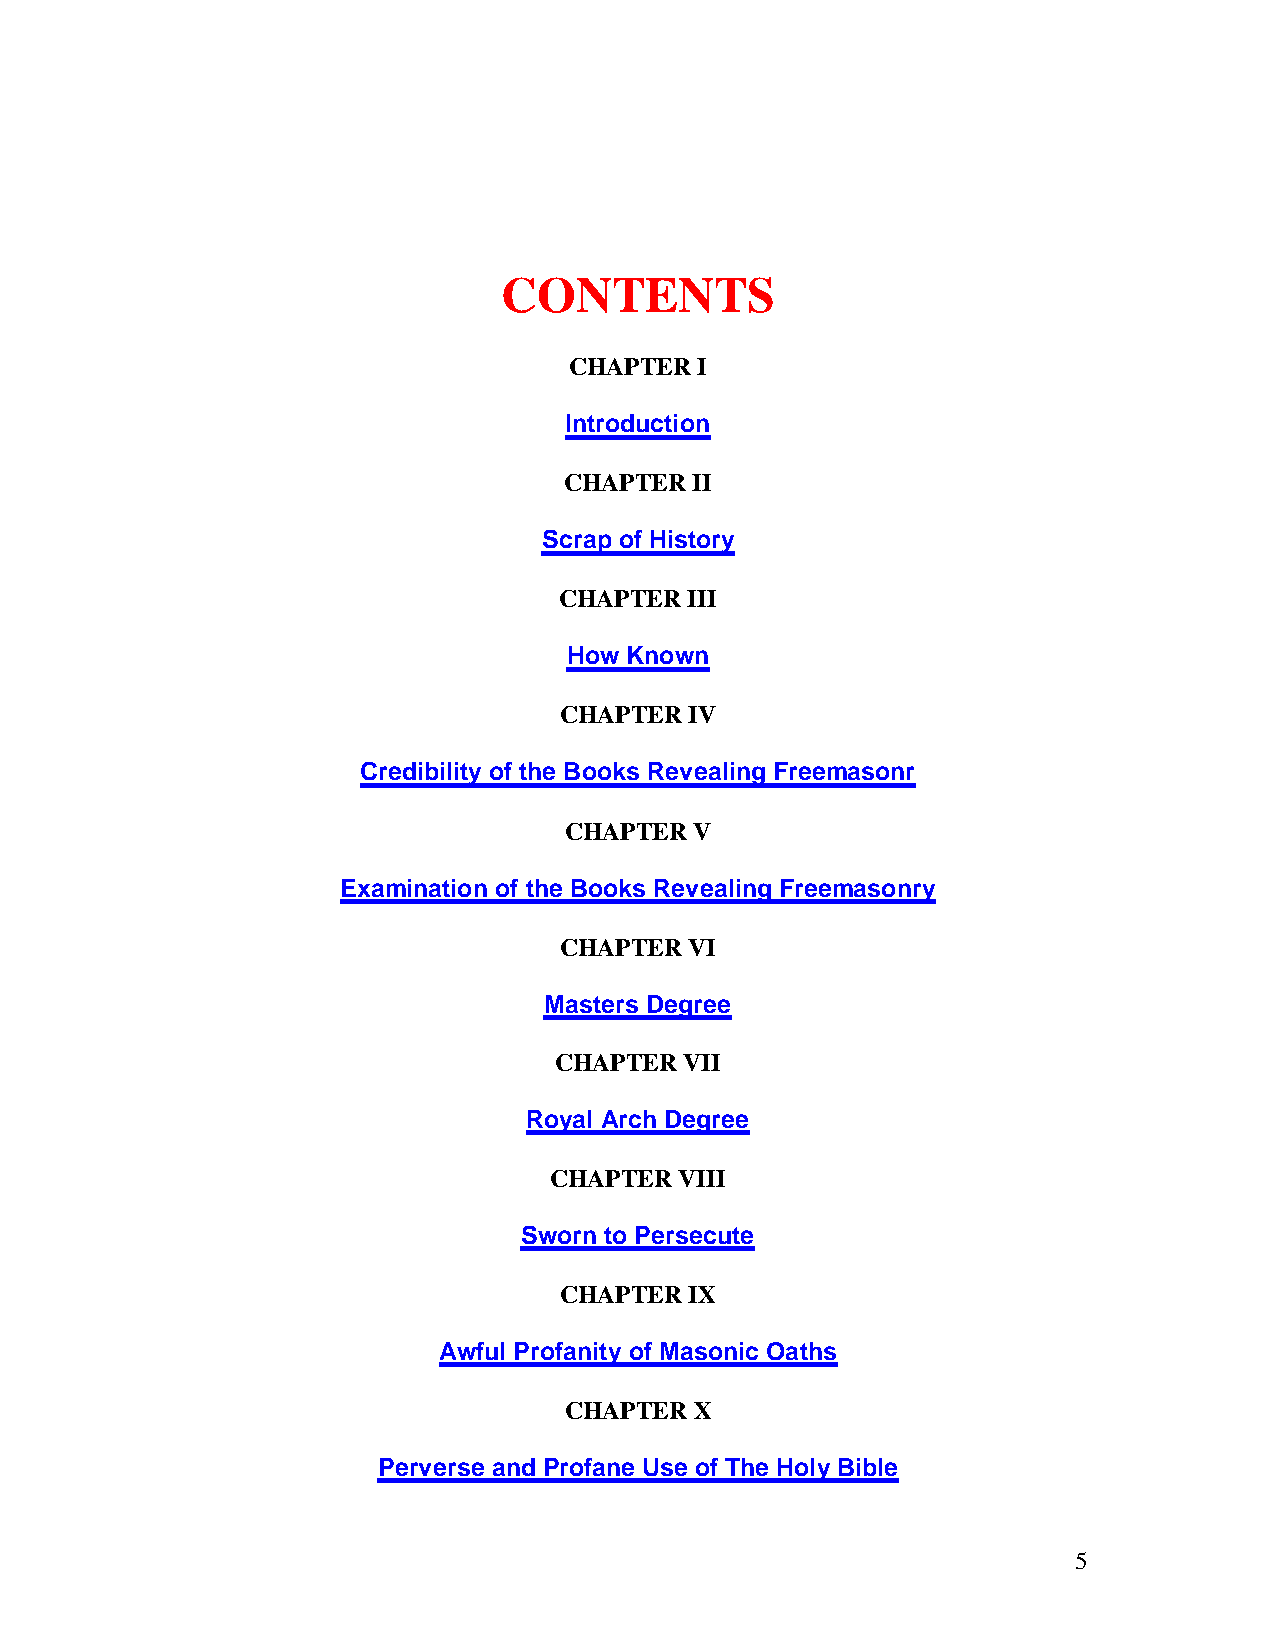
CONTENTS
 CHAPTER I
 Introduction
 CHAPTER  II
 Scrap of History
 CHAPTER III
 How Known
 CHAPTER  IV
 Credibility of the Books Revealing Freemasonr
 CHAPTER  V
 Examination of the Books Revealing Freemasonry
 CHAPTER  VI
 Masters Degree
 CHAPTER VII
 Royal Arch Degree
 CHAPTER  VIII
 Sworn to Persecute
 CHAPTER  IX
 Awful Profanity of Masonic Oaths
 CHAPTER  X
 Perverse and Profane Use of The Holy Bible
 5